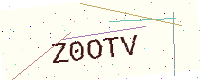
Text: Z0OTV